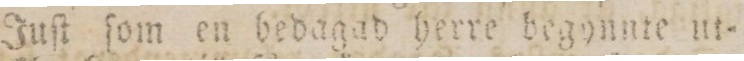
Juſt ſom en bedagad berre begynnte ut=